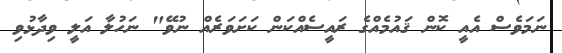
ނަމަވެސް އެއީ ކޮން ޤައުމެއްގެ ރައީސެއްކަން ކަށަވަރެއް ނުވޭ" ނަހުލާ އަލީ ވިދާޅުވި